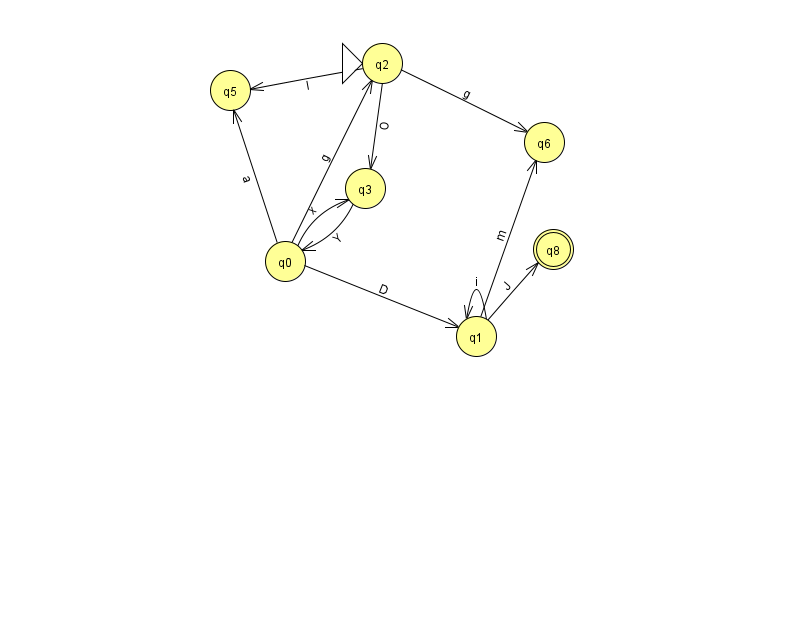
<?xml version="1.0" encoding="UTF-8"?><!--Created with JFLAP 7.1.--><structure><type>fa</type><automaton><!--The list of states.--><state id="0" name="q0"><x>285.0</x><y>248.0</y></state><state id="1" name="q1"><x>476.0</x><y>323.0</y></state><state id="2" name="q2"><x>382.0</x><y>50.0</y><initial/></state><state id="3" name="q3"><x>365.0</x><y>175.0</y></state><state id="5" name="q5"><x>230.0</x><y>77.0</y></state><state id="6" name="q6"><x>544.0</x><y>129.0</y></state><state id="8" name="q8"><x>553.0</x><y>236.0</y><final/></state><!--The list of transitions.--><transition><from>0</from><to>1</to><read>D</read></transition><transition><from>3</from><to>0</to><read>Y</read></transition><transition><from>0</from><to>3</to><read>x</read></transition><transition><from>0</from><to>2</to><read>g</read></transition><transition><from>1</from><to>6</to><read>m</read></transition><transition><from>2</from><to>5</to><read>l</read></transition><transition><from>2</from><to>3</to><read>O</read></transition><transition><from>1</from><to>8</to><read>J</read></transition><transition><from>1</from><to>1</to><read>i</read></transition><transition><from>0</from><to>5</to><read>a</read></transition><transition><from>2</from><to>6</to><read>g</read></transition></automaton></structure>